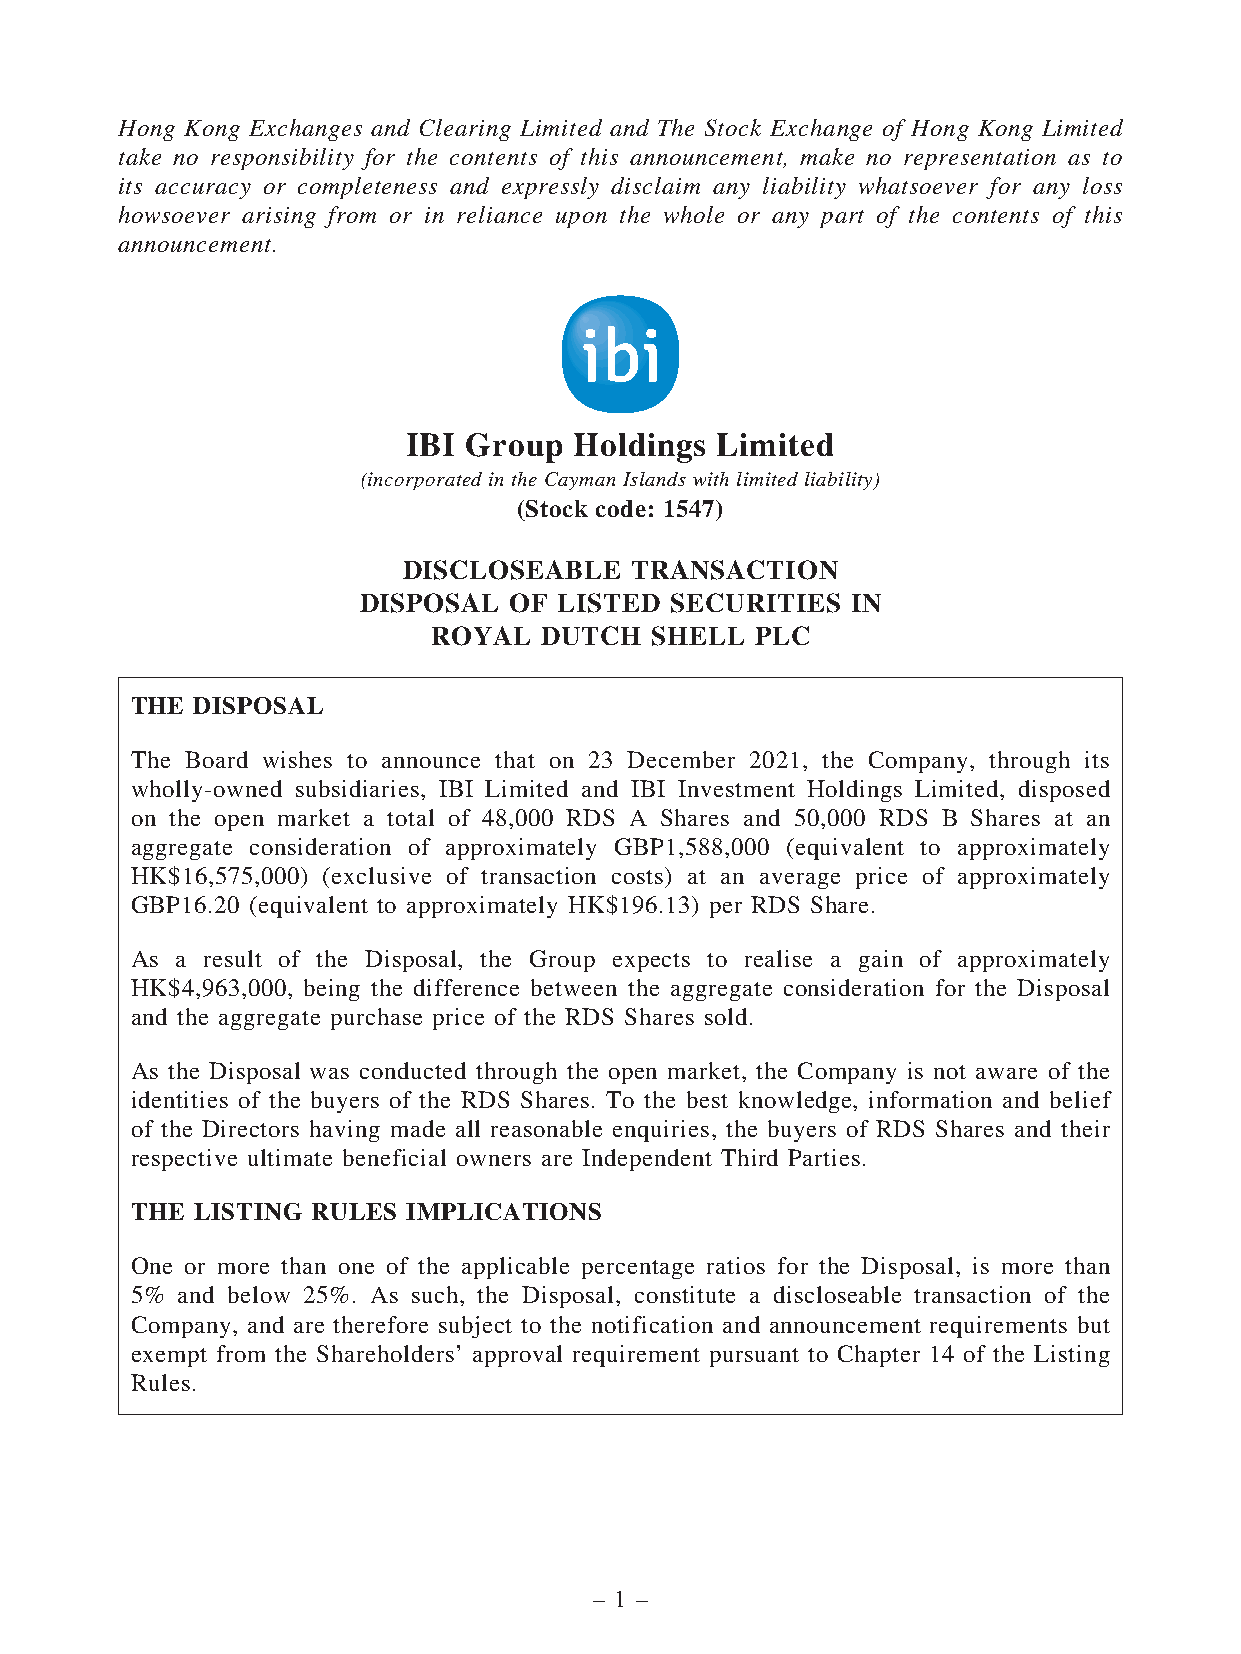
Hong Kong Exchanges and Clearing Limited and The Stock Exchange of Hong Kong Limited
 take no responsibility for the contents of this announcement, make no representation as to
 its accuracy or completeness and expressly disclaim any liability whatsoever for any loss
 howsoever arising from or in reliance upon the whole or any part of the contents of this
 announcement.
 IBI Group  Holdings Limited
 (incorporated in the Cayman Islands with limited liability)
 (Stock code: 1547)
 DISCLOSEABLE   TRANSACTION
 DISPOSAL  OF LISTED SECURITIES  IN
 ROYAL  DUTCH  SHELL  PLC
 THE DISPOSAL
 The Board wishes to announce that on 23 December 2021, the Company, through its
 wholly-owned subsidiaries, IBI Limited and IBI Investment Holdings Limited, disposed
 on the open market a total of 48,000 RDS A Shares and 50,000 RDS B Shares at an
 aggregate consideration of approximately GBP1,588,000 (equivalent to approximately
 HK$16,575,000) (exclusive of transaction costs) at an average price of approximately
 GBP16.20 (equivalent to approximately HK$196.13) per RDS Share.
 As a result of the Disposal, the Group expects to realise a gain of approximately
 HK$4,963,000, being the difference between the aggregate consideration for the Disposal
 and the aggregate purchase price of the RDS Shares sold.
 As the Disposal was conducted through the open market, the Company is not aware of the
 identities of the buyers of the RDS Shares. To the best knowledge, information and belief
 of the Directors having made all reasonable enquiries, the buyers of RDS Shares and their
 respective ultimate beneficial owners are Independent Third Parties.
 THE LISTING RULES IMPLICATIONS
 One or more than one of the applicable percentage ratios for the Disposal, is more than
 5% and below 25%. As such, the Disposal, constitute a discloseable transaction of the
 Company, and are therefore subject to the notification and announcement requirements but
 exempt from the Shareholders’ approval requirement pursuant to Chapter 14 of the Listing
 Rules.
 – 1 –